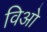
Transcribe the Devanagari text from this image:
विओ